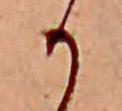
か